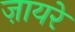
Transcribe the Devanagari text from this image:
ज़ायरे